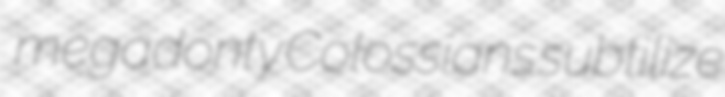
megadonty Colossians subtilize